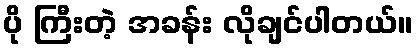
ပို ကြီးတဲ့ အခန်း လိုချင်ပါတယ်။